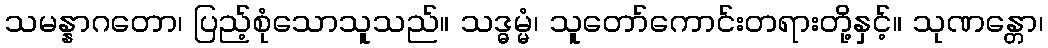
သမန္နာဂတော၊ ပြည့်စုံသောသူသည်။ သဒ္ဓမ္မံ၊ သူတော်ကောင်းတရားတို့နှင့်။ သုဏန္တော၊